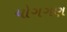
યોગગણ